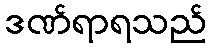
ဒဏ်ရာရသည်